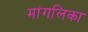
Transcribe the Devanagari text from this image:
मांगलिका